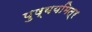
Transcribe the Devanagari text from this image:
पुष्ययमित्र